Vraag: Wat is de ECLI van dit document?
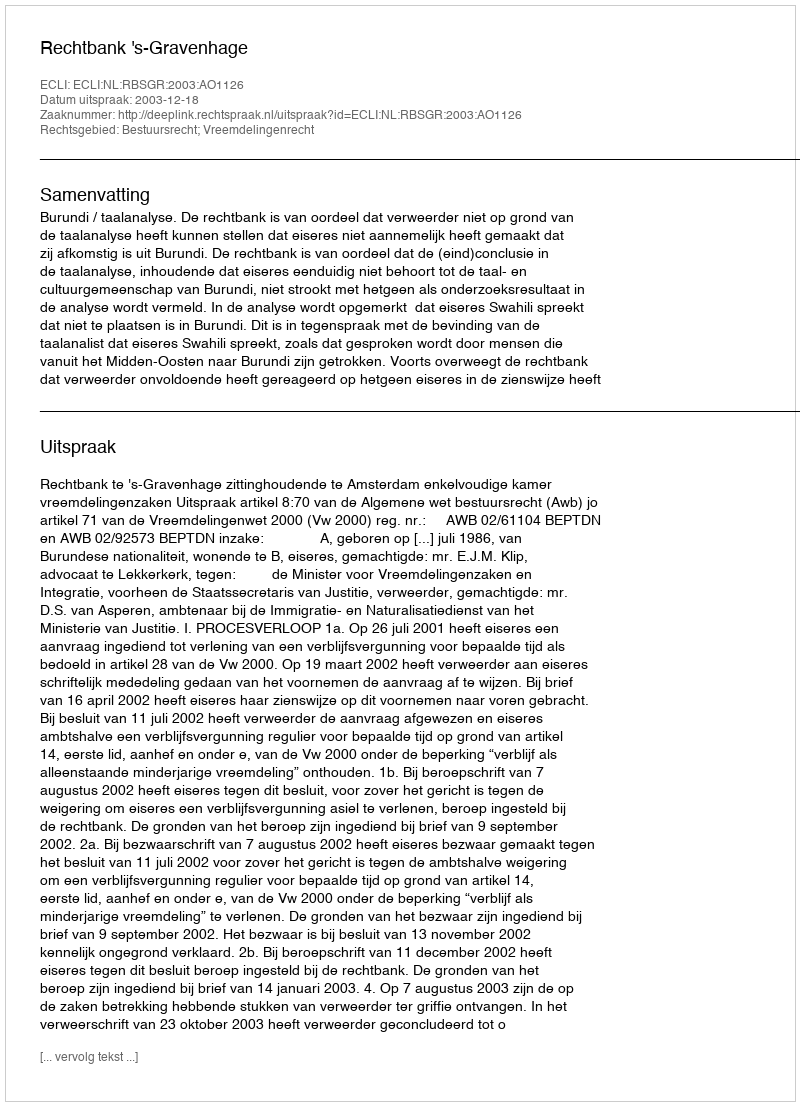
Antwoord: ECLI:NL:RBSGR:2003:AO1126